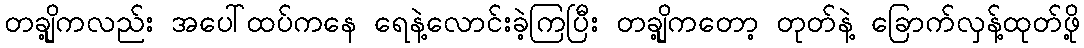
တချို့ကလည်း အပေါ်ထပ်ကနေ ရေနဲ့လောင်းခဲ့ကြပြီး တချို့ကတော့ တုတ်နဲ့ ခြောက်လှန့်ထုတ်ဖို့